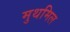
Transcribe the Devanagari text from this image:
मुथमिल